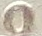
O